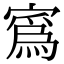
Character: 寪